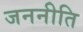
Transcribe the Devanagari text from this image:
जननीति